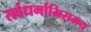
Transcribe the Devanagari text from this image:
सर्वधर्माभिसमय